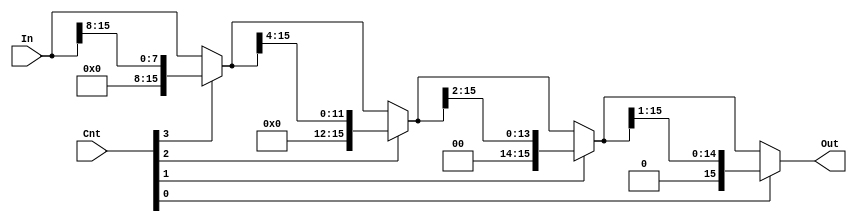
/*
    CS/ECE 552 Spring '20
    Homework #2, Problem 1
    
    A shift right logical module. unsigned shift a 
    given input right by a specified number of bits.
 */

module shiftRightLogical(In, Cnt, Out);

    // variable declaration
    input [15:0] In;
    input [3:0] Cnt;
    output [15:0] Out;

    wire [15:0] inter1, inter2, inter3;
    assign inter1 = Cnt[3] ? {8'b0, In[15:8]} : In;
    assign inter2 = Cnt[2] ? {4'b0, inter1[15:4]} : inter1;
    assign inter3 = Cnt[1] ? {2'b0, inter2[15:2]} : inter2;
    assign Out = Cnt[0] ? {1'b0, inter3[15:1]} : inter3;

endmodule